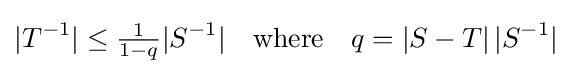
|T^{-1}|\leq {\tfrac {1}{1-q}}|S^{-1}|\quad {\text{where}}\quad q=|S-T|\,|S^{-1}|